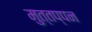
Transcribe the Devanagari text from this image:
मुत्तप्पन